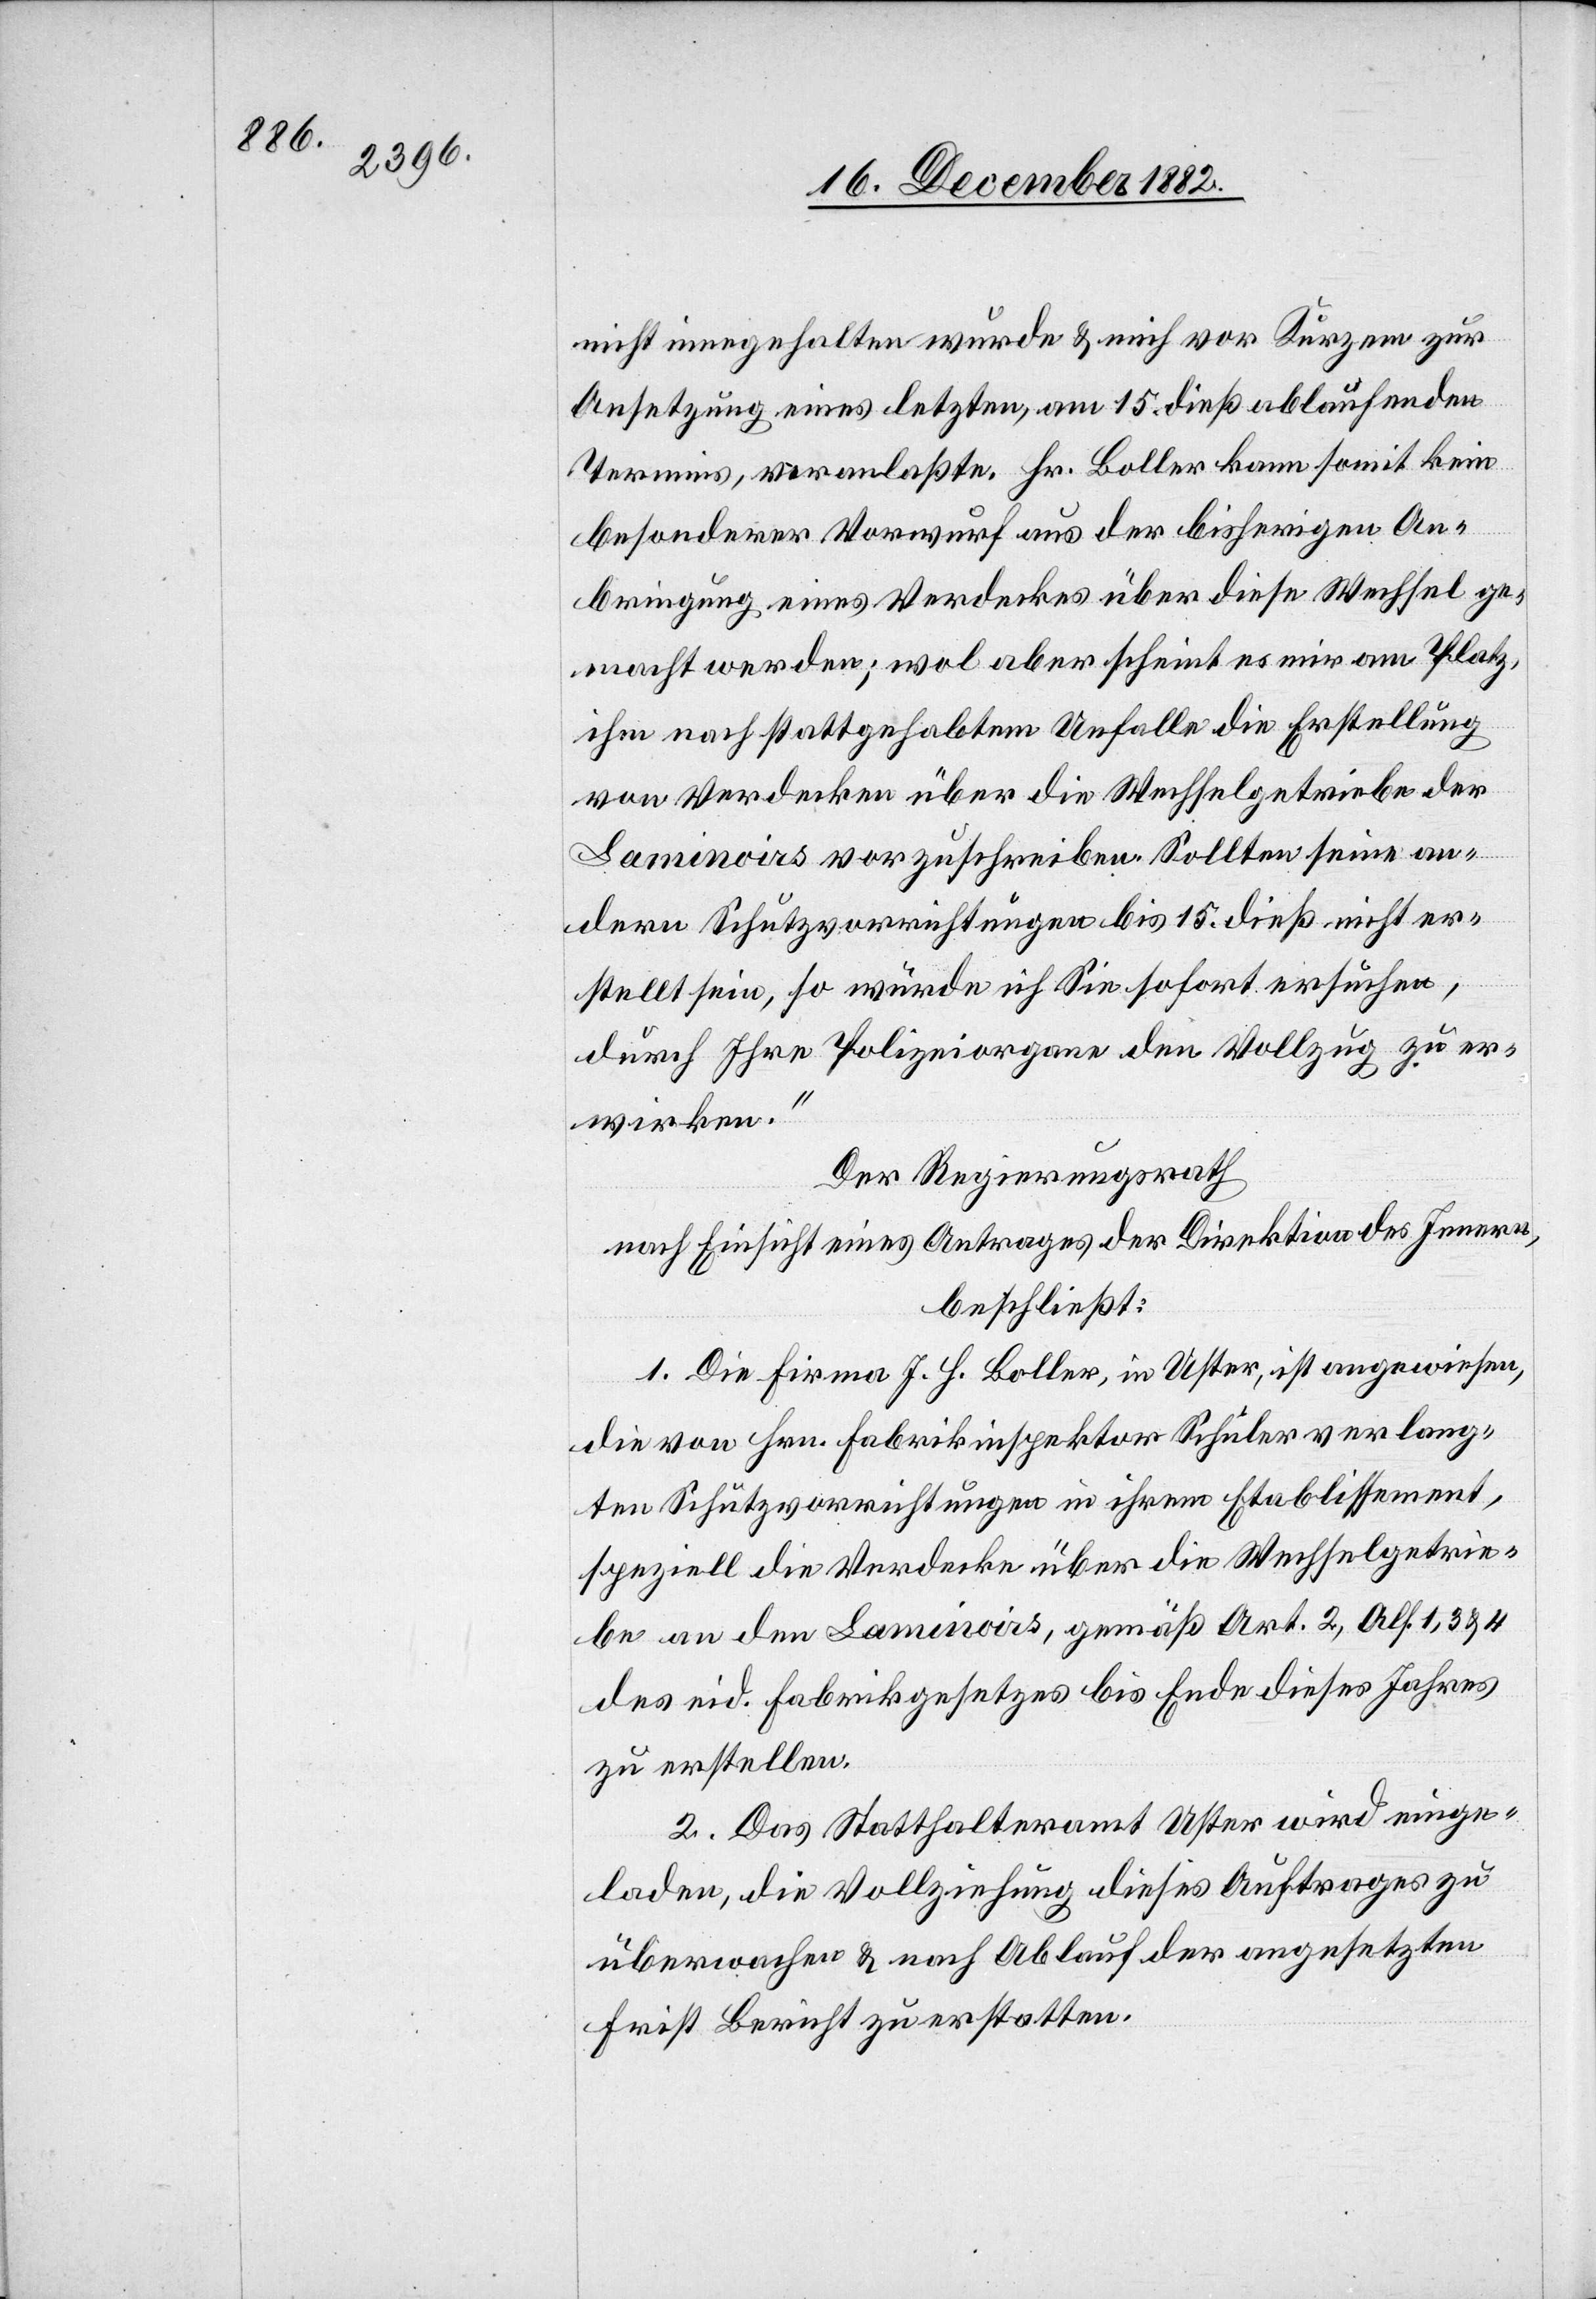
nicht innegehalten wurde & mich vor Kurzem zur
Ansetzung eines letzten, am 15. dieß ablaufenden
Termins, veranlaßte. Hr. Boller kann somit kein
besonderer Vorwurf aus der bisherigen An¬
bringung eines Verdeckes über diese Wechsel ge¬
macht werden; wol aber scheint es mit am Platz,
ihm nach stattgehabtem Unfalle die Erstellung
von Verdecken über die Wechselgetriebe der
Laminoirs vorzuschreiben. Sollten seine an¬
dern Schutzvorrichtungen bis 15. dieß nicht er¬
stellt sein, so würde ich Sie sofort ersuchen,
durch Ihre Polizeiorgane den Vollzug zu er¬
wirken.“
Der Regierungsrath,
nach Einsicht eines Antrages der Direktion des Innern,
beschließt:
1. Die Firma J. H. Boller, in Uster, ist angewiesen,
die von Hrn. Fabrikinspektor Schuler verlang¬
ten Schutzvorrichtungen in ihrem Etablissement,
speziell die Verdecke über die Wechselgetrie¬
be an den Laminoirs, gemäß Art. 2, Abs. 1, 3 & 4
des eid. Fabrikgesetzes bis Ende dieses Jahres
zu erstellen.
2. Das Statthalteramt Uster wird einge¬
laden, die Vollziehung dieses Auftrages zu
überwachen & nach Ablauf der angesetzten
Frist Bericht zu erstatten.